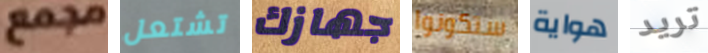
مجمع تشتعل جهازك ستكونوا هواية تريد